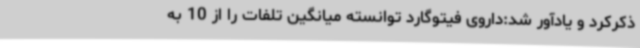
ذکرکرد و یادآور شد:داروی فیتوگارد توانسته میانگین تلفات را از 10 به